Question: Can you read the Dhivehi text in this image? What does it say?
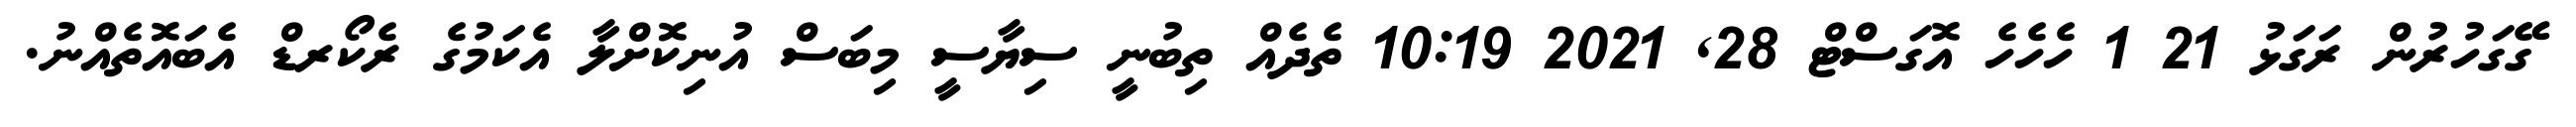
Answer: ގޭގަހުރުން ރަގަޅު 21 1 ހެހެހެ އޮގަސްޓް 28, 2021 10:19 ތެދެއް ތިބުނީ ސިޔާސީ މިބަސް އުނިކޮށްލާ އެކަމުގެ ރެކޯރޑް އެބައޮތެއްނު.